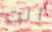
انت